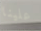
علينا